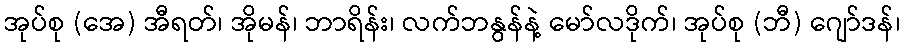
အုပ်စု (အေ) အီရတ်၊ အိုမန်၊ ဘာရိန်း၊ လက်ဘနွန်နဲ့ မော်လဒိုက်၊ အုပ်စု (ဘီ) ဂျော်ဒန်၊